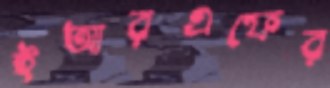
ইআরএফের